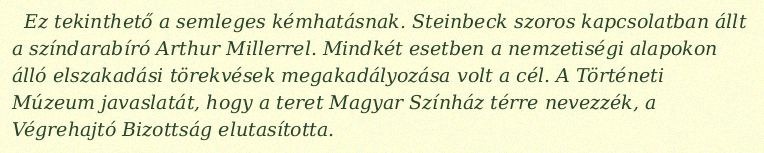
Ez tekinthető a semleges kémhatásnak. Steinbeck szoros kapcsolatban állt a színdarabíró Arthur Millerrel. Mindkét esetben a nemzetiségi alapokon álló elszakadási törekvések megakadályozása volt a cél. A Történeti Múzeum javaslatát, hogy a teret Magyar Színház térre nevezzék, a Végrehajtó Bizottság elutasította.